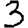
Digit: 3